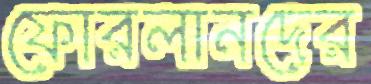
ফোরলানদের